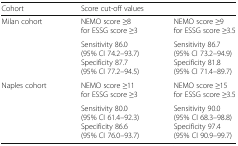
| Cohort | <COLSPAN=2> Score cut-off values |
 | --- | --- | --- |
 | Milan cohort | NEMO score ≥8 for ESSG score ≥3 | NEMO score ≥9 for ESSG score ≥3.5 |
 |  | Sensitivity 86.0 (95% CI 74.2–93.7)Specificity 87.7 (95% CI 77.2–94.5) | Sensitivity 86.7 (95% CI 73.2–94.9)Specificity 81.8 (95% CI 71.4–89.7) |
 | Naples cohort | NEMO score ≥11 for ESSG score ≥3 | NEMO score ≥15 for ESSG score ≥3.5 |
 |  | Sensitivity 80.0 (95% CI 61.4–92.3)Specificity 86.6 (95% CI 76.0–93.7) | Sensitivity 90.0 (95% CI 68.3–98.8)Specificity 97.4 (95% CI 90.9–99.7) |